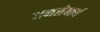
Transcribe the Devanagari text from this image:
जनसेवार्थ